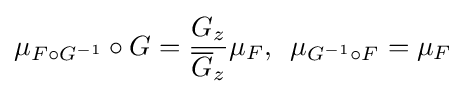
\mu _{F\circ G^{-1}}\circ G={G_{z} \over {\overline {G}}_{z}}\mu _{F},\,\,\,\mu _{G^{-1}\circ F}=\mu _{F}